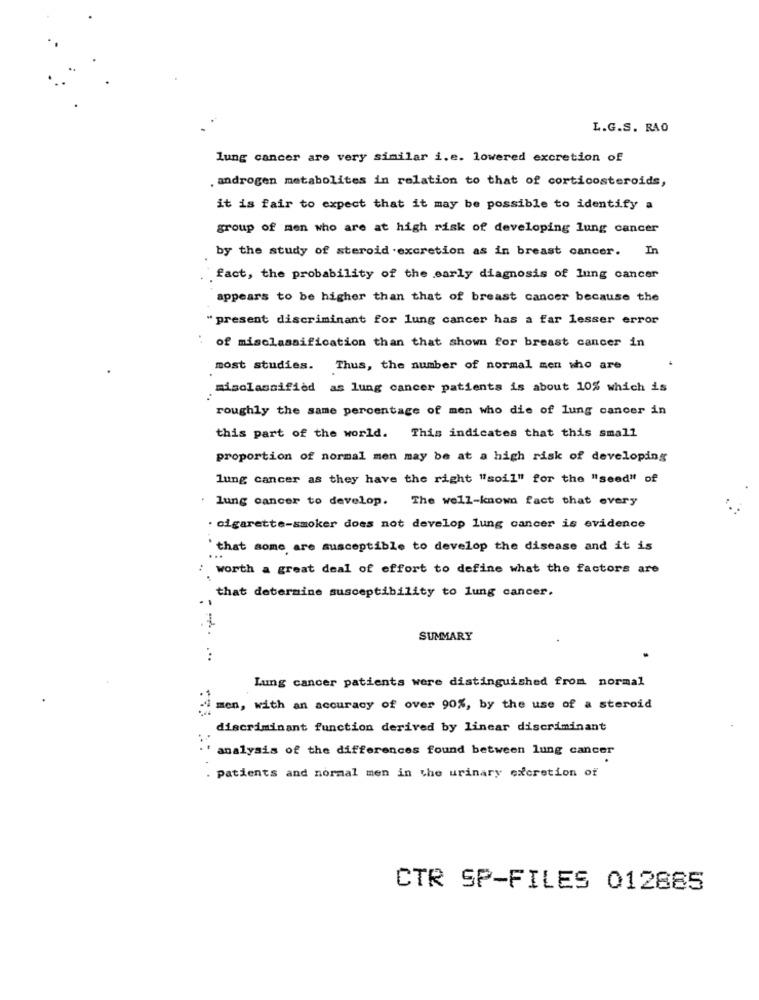
L.G.S. RAO
lung cancer are very similar i.e. lowered excretion of
androgen metabolites in relation to that of corticosteroids,
it is fair to expect that it may be possible to identify a
group of men who are at high risk of developing lung cancer
by the study of steroid .excretion as in breast cancer.
In
fact, the probability of the early diagnosis of lung cancer
appears to be higher than that of breast cancer because the
"present discriminant for lung cancer has a far lesser error
of misclassification than that shown for breast cancer in
most studies.
Thus, the number of normal men who are
misclassified as lung cancer patients is about 10% which is
roughly the same percentage of men who die of lung cancer in
this part of the world. This indicates that this small
proportion of normal men may be at a high risk of developing
lung cancer as they have the right "soil" for the "seed" of
: lung cancer to develop. The well-known fact that every
· cigarette-smoker does not develop lung cancer is evidence
`that some are susceptible to develop the disease and it is
worth a great deal of effort to define what the factors are
that determine susceptibility to lung cancer.
SUMMARY
...
Lung cancer patients were distinguished from normal
i men, with an accuracy of over 90%, by the use of a steroid
discriminant function derived by linear discriminant
analysis of the differences found between lung cancer
Patients and normal men in the urinary excretion of
CTR SP-FILES 012885